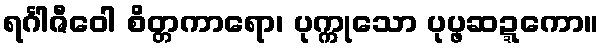
ရင်္ဂါဇီဝေါ စိတ္တကာရော၊ ပုက္ကုသော ပုပ္ဖဆဍ္ဍကော။